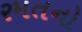
રમતનો